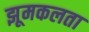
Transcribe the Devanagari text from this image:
झूमकलता